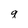
Character: q